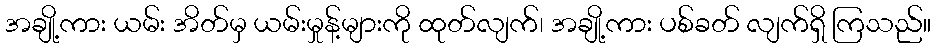
အချို့ကား ယမ်း အိတ်မှ ယမ်းမှုန့်များကို ထုတ်လျက်၊ အချို့ကား ပစ်ခတ် လျက်ရှိ ကြသည်။